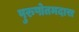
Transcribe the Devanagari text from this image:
पुरुषोतमदास